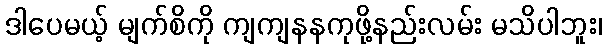
ဒါပေမယ့် မျက်စိကို ကျကျနနကုဖို့နည်းလမ်း မသိပါဘူး၊